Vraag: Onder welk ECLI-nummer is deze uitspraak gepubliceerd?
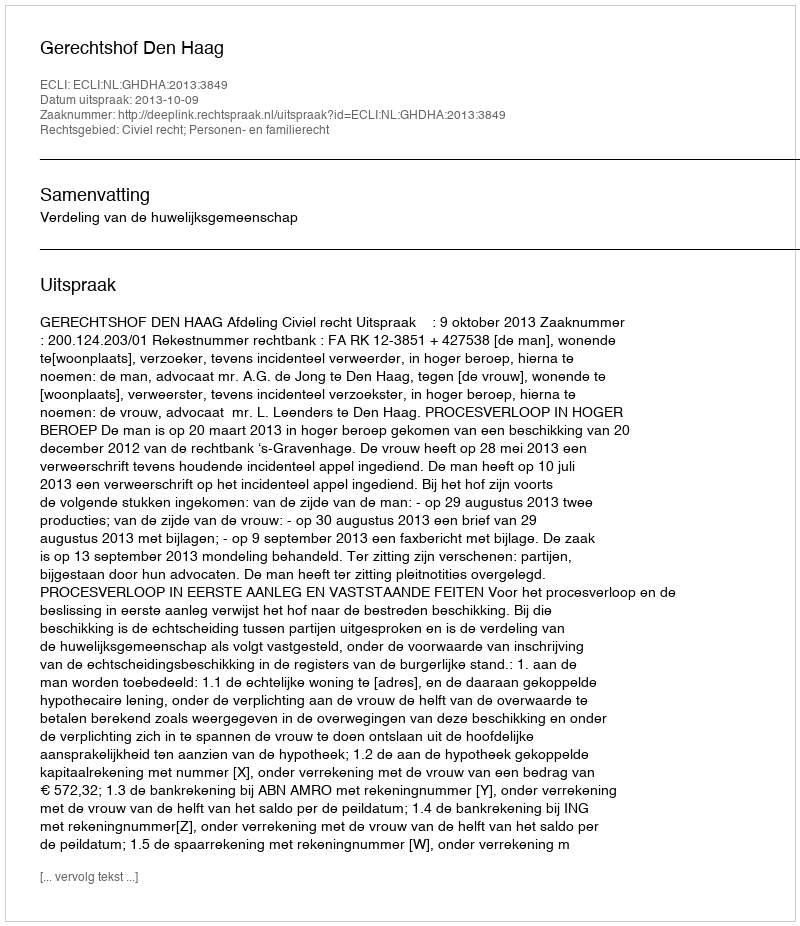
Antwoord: ECLI:NL:GHDHA:2013:3849